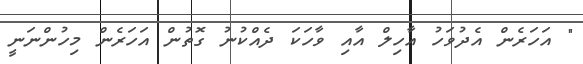
" އަހަރެން އެދުވަހު އާހިލް އާއި ވާހަކަ ދެއްކުނު ގޮތުން އަހަރެން މިހުންނަނީ